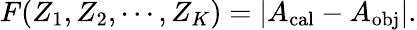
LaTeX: F(Z_{1},Z_{2},\cdots,Z_{K})=|A_{\mathrm{cal}}-A_{\mathrm{obj}}|.